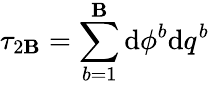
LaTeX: \tau_{2\mathbf{B}}=\sum_{b=1}^{\mathbf{B}}\mathrm{{d}}\phi^{b}\mathrm{{d}}q^{b}